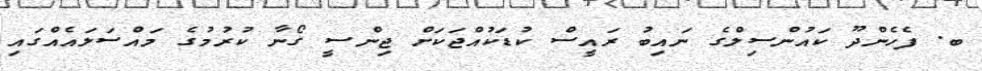
ބ. ފެހެންދޫ ކައުންސިލްގެ ނައިބު ރައީސް ކުޑަކުއްޖަކަށް ޖިންސީ ގޯނާ ކުރުމުގެ މައްސަލައެއްގައި